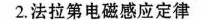
2.法拉第电磁感应定律